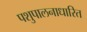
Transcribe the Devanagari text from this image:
पशुपालनाधारित